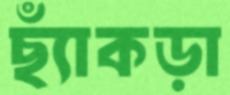
ছ্যাঁকড়া